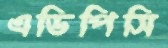
এডিপিসি